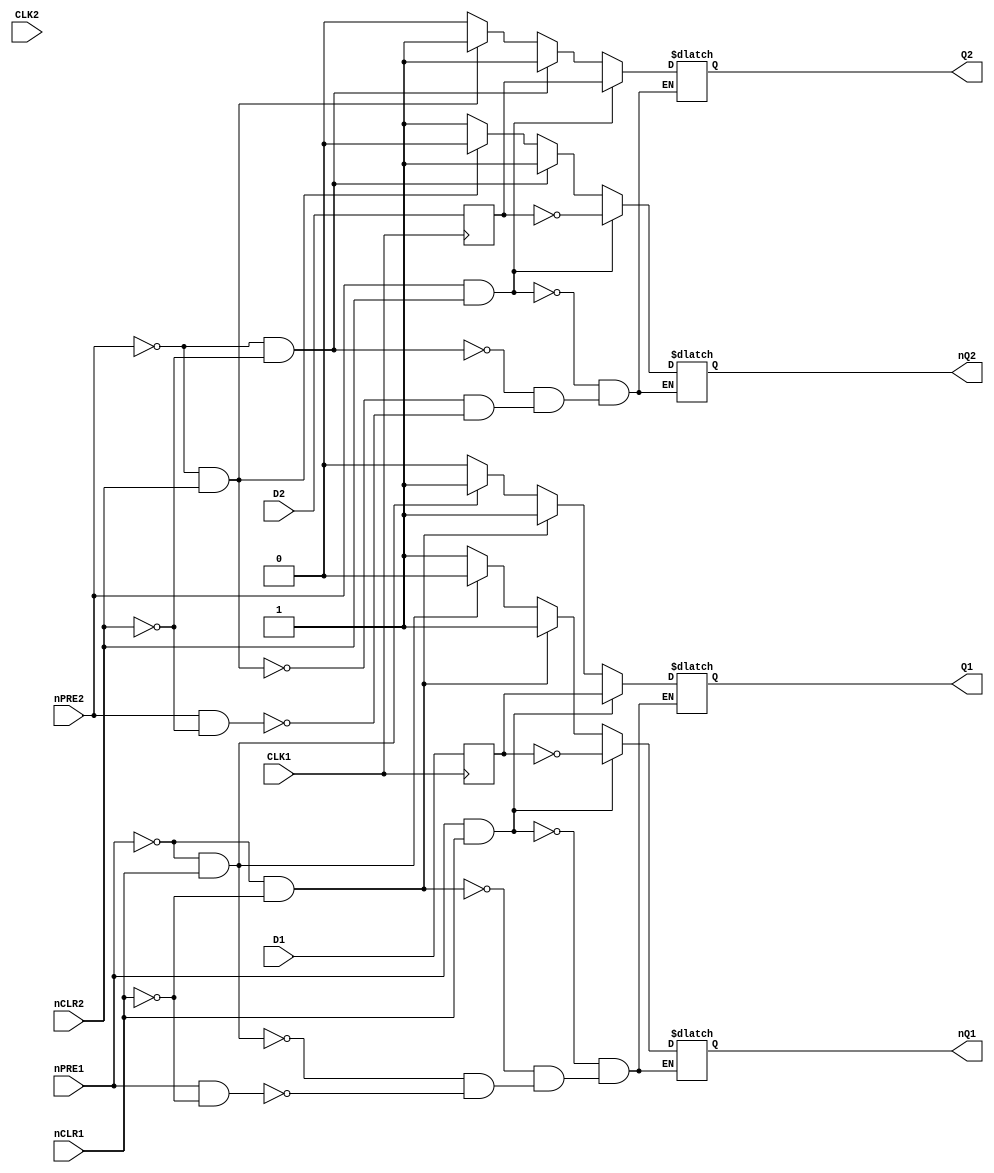
`timescale 1ns / 1ps
//////////////////////////////////////////////////////////////////////////////////
// Company: 
// 
// Design Name:    LS47
// Module Name:    system86/ttl/ls74.v
// Project Name:   Namco System86 simulation
// Target Devices: 
// Tool versions: 
// Description:    LS74 - Dual D-Type Positive-Edge -Triggered Flip-Flops With Preset and Clear
//
// Dependencies: 
//
// Revision: 
// Revision 0.01 - File Created
// Additional Comments: 
// License:        https://www.apache.org/licenses/LICENSE-2.0
//
//////////////////////////////////////////////////////////////////////////////////
module ls74(
        input wire nCLR1,
        input wire nCLR2,
        input wire CLK1,
        input wire CLK2,
        input wire nPRE1,
        input wire nPRE2,
        input wire D1,
        input wire D2,
        output reg Q1,
        output reg Q2,
        output reg nQ1,
        output reg nQ2
    );

  reg Q1_next;
  reg Q2_next;
  
  always @(posedge CLK1) begin 
      Q1_next <= D1;
      Q2_next <= D2;
  end
  
	always @(nPRE1 or nCLR1 or Q1_next) begin
		if (nPRE1 && nCLR1) begin
			Q1 <= Q1_next;
			nQ1 <= ~Q1_next;
    end else if (!nPRE1 && !nCLR1) begin
			Q1 <= 1;
			nQ1 <= 1;
		end else if (!nPRE1 && nCLR1) begin
			Q1 <= 1;
			nQ1 <= 0;
		end else if (nPRE1 && !nCLR1) begin
			Q1 <= 0;
			nQ1 <= 1;
		end	
	end
	
	always @(nPRE2 or nCLR2 or Q2_next) begin
		if (nPRE2 && nCLR2) begin
			Q2 <= Q2_next;
			nQ2 <= ~Q2_next;
    end else if (!nPRE2 && !nCLR2) begin
			Q2 <= 1;
			nQ2 <= 1;
		end else if (!nPRE2 && nCLR2) begin
			Q2 <= 1;
			nQ2 <= 0;
		end else if (nPRE2 && !nCLR2) begin
			Q2 <= 0;
			nQ2 <= 1;
		end	
	end
	
endmodule